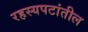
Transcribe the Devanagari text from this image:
रहस्यपटांतील